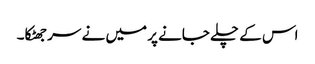
اس کے چلے جانے پر میں نے سر جھٹکا۔